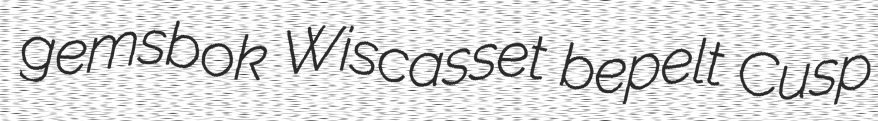
gemsbok Wiscasset bepelt Cusp